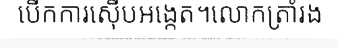
បើកការស៊ើបអង្កេត។លោកត្រាំរង